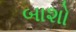
બાશો